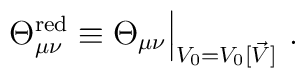
\Theta_{\mu\nu}^{\rm red}\equiv\Theta_{\mu\nu}\Big|_{V_0=V_0[\vec{V}]}~.